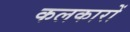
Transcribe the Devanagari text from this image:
कलकारों